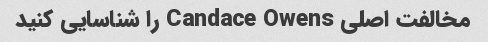
مخالفت اصلی Candace Owens را شناسایی کنید